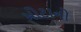
મોટાનો